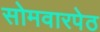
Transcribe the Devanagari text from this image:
सोमवारपेठ